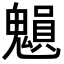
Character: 𩴉